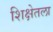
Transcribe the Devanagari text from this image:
शिक्षेतला